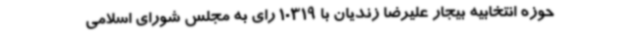
حوزه انتخابیه بیجار علیرضا زندیان با 10319 رای به مجلس شورای اسلامی